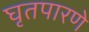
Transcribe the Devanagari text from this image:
घृतपारणे